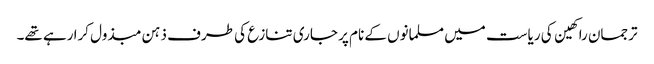
ترجمان راکھین کی ریاست میں مسلمانوں کے نام پر جاری تنازع کی طرف ذہن مبذول کرا رہے تھے۔